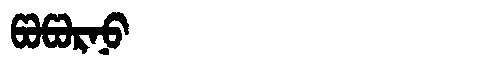
Manchu: ᡦᠣᡦᠣᡵᠨᠣ
Romanization: POPORNO